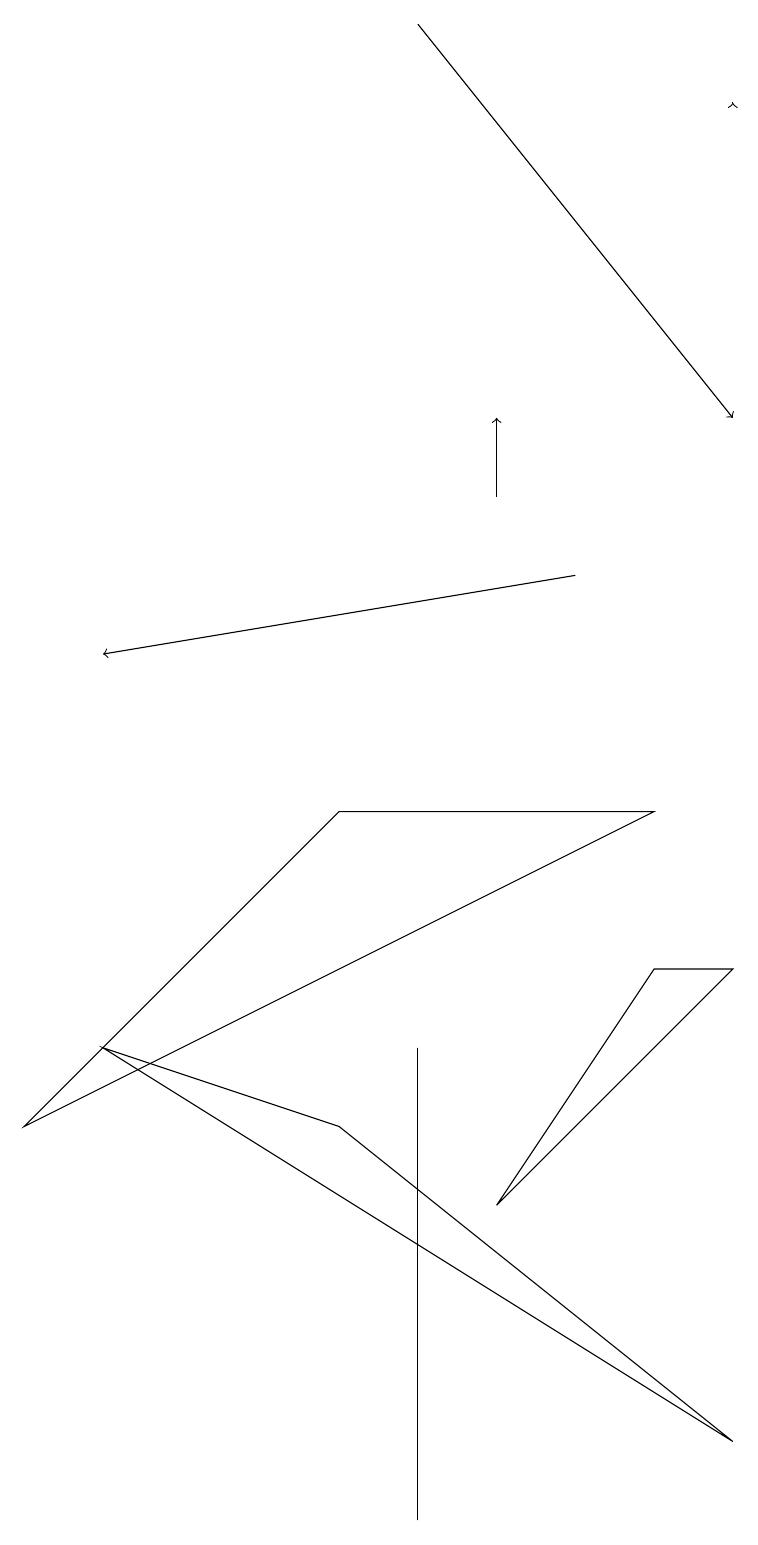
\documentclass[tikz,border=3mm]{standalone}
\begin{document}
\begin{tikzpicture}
\draw[->] (7,12) -- (1,11);
\draw (5,6) -- (5,0) -- (5,6) -- cycle;
\draw (9,1) -- (1,6) -- (4,5) -- cycle;
\draw (6,4) -- (9,7) -- (8,7) -- cycle;
\draw[->] (5,19) -- (9,14);
\draw[->] (9,18) -- (9,18);
\draw[->] (6,13) -- (6,14);
\draw (4,9) -- (0,5) -- (8,9) -- cycle;
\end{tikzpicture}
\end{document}